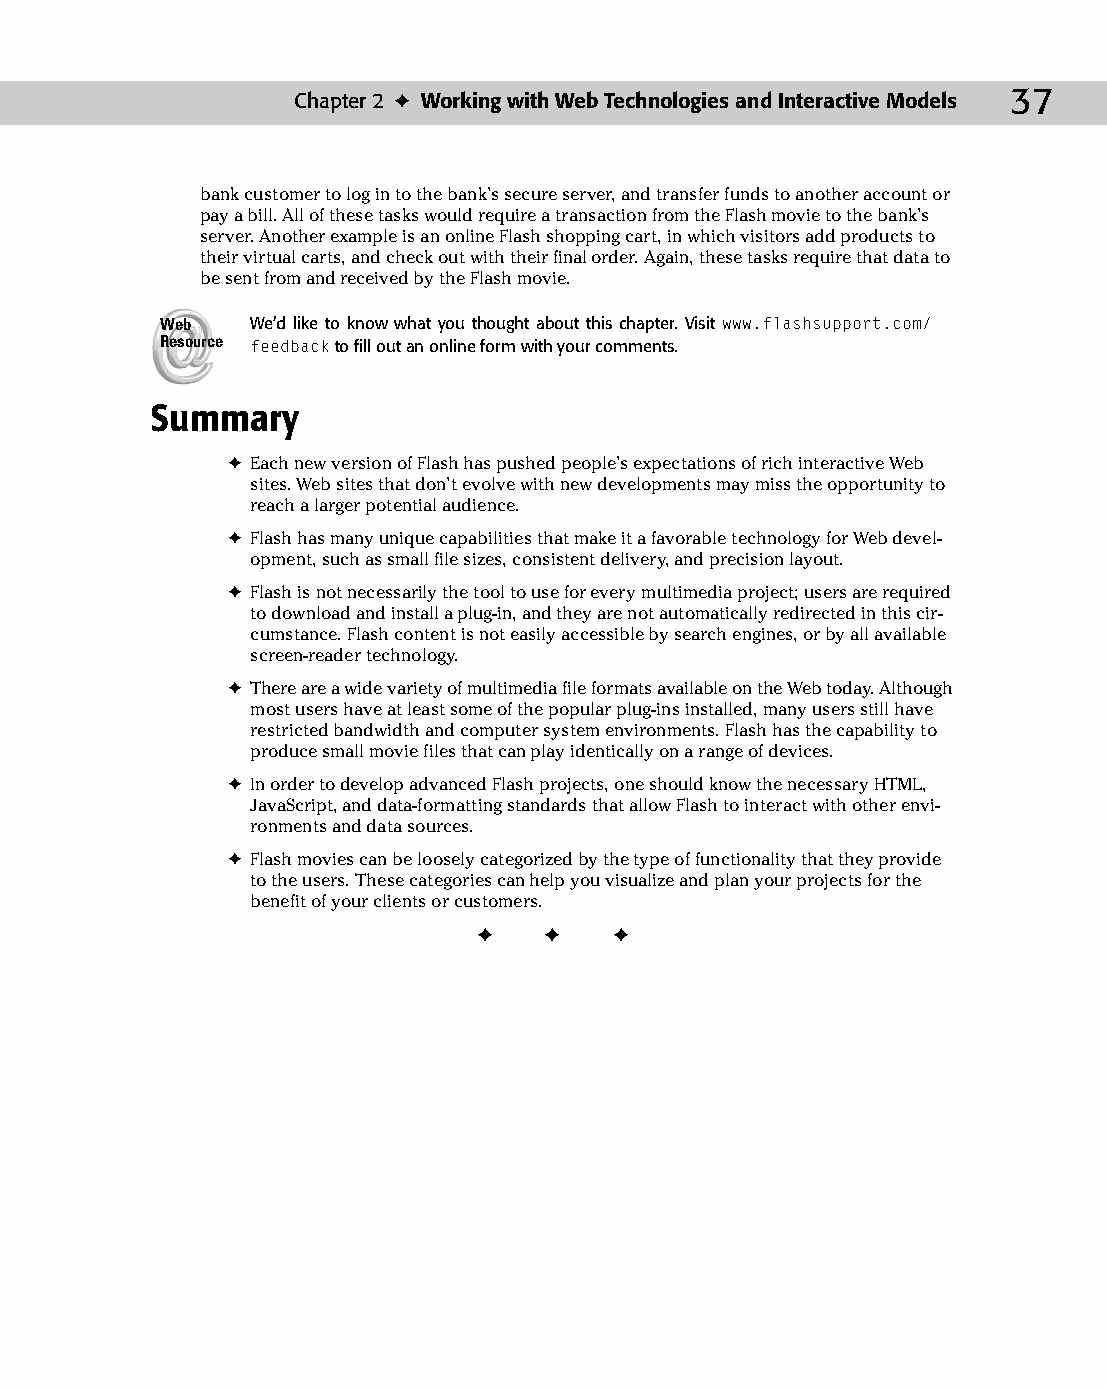
04 543547 ch02.qxd 3/24/04 3:51 PM Page 37
 Chapter 2 ✦ Working with Web Technologies and Interactive Models 37
 bank customer to log in to the bank’s secure server, and transfer funds to another account or
 pay a bill. All of these tasks would require a transaction from the Flash movie to the bank’s
 server. Another example is an online Flash shopping cart, in which visitors add products to
 their virtual carts, and check out with their final order. Again, these tasks require that data to
 be sent from and received by the Flash movie.
 Web   We’d like to know what you thought about this chapter. Visit www.flashsupport.com/
 Resource feedback to fill out an online form with your comments.
 Summary
 ✦ Each new version of Flash has pushed people’s expectations of rich interactive Web
 sites. Web sites that don’t evolve with new developments may miss the opportunity to
 reach a larger potential audience.
 ✦ Flash has many unique capabilities that make it a favorable technology for Web devel­
 opment, such as small file sizes, consistent delivery, and precision layout.
 ✦ Flash is not necessarily the tool to use for every multimedia project; users are required
 to download and install a plug-in, and they are not automatically redirected in this cir­
 cumstance. Flash content is not easily accessible by search engines, or by all available
 screen-reader technology.
 ✦ There are a wide variety of multimedia file formats available on the Web today. Although
 most users have at least some of the popular plug-ins installed, many users still have
 restricted bandwidth and computer system environments. Flash has the capability to
 produce small movie files that can play identically on a range of devices.
 ✦ In order to develop advanced Flash projects, one should know the necessary HTML,
 JavaScript, and data-formatting standards that allow Flash to interact with other envi­
 ronments and data sources.
 ✦ Flash movies can be loosely categorized by the type of functionality that they provide
 to the users. These categories can help you visualize and plan your projects for the
 benefit of your clients or customers.
 ✦  ✦  ✦